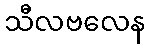
သီလဗလေန